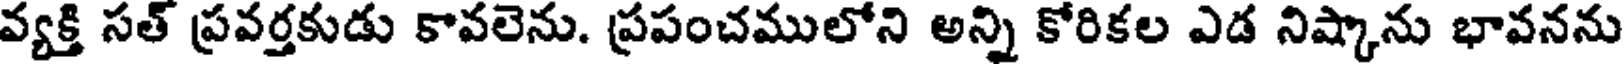
వ్యక్తి సత్ ప్రవర్తకుడు కావలెను. ప్రపంచములోని అన్ని కోరికల ఎడ నిష్కాను భావనను